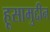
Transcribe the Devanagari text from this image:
हूसामुद्दीन